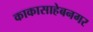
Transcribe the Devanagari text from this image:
काकासाहेबनगर